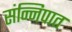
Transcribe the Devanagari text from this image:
संन्निपात